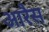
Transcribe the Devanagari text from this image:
आरैस